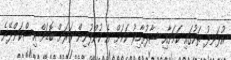
އުޅަނދު ތަކުގައި ކަމަށާއި ސާފުތާހިރު ކަމަށް އެ ކުންފުނިން ވަރަށް ބޮޑަށް އިސްކަންދޭނެ